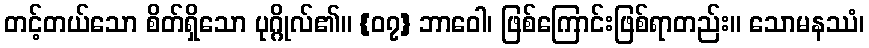
တင့်တယ်သော စိတ်ရှိသော ပုဂ္ဂိုလ်၏။ {၀၇} ဘာဝေါ၊ ဖြစ်ကြောင်းဖြစ်ရာတည်း။ သောမနဿံ၊